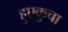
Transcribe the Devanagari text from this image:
हुएकुचा